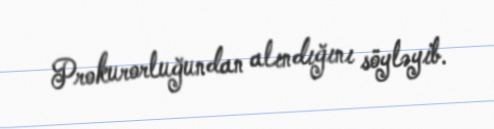
Prokurorluğundan alındığını söyləyib.